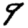
Digit: 9